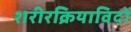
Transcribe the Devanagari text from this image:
शरीरक्रियाविदों